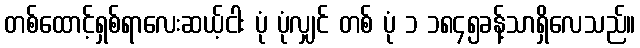
တစ်ထောင့်ရှစ်ရာလေးဆယ့်ငါး ပုံ ပုံလျှင် တစ် ပုံ ၁ ၁၈၄၅ခန့်သာရှိလေသည်။